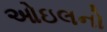
ઓઇલનો